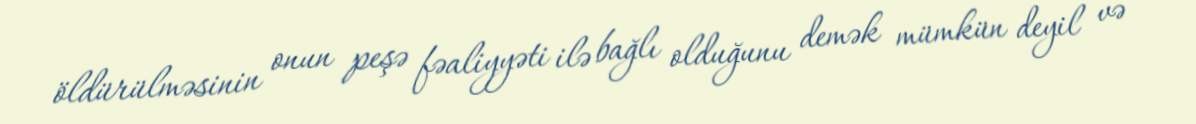
öldürülməsinin onun peşə fəaliyyəti ilə bağlı olduğunu demək mümkün deyil və